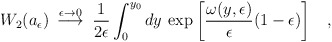
\begin{align*}W_2(a_{\epsilon})\>\stackrel{\epsilon \rightarrow 0}{\longrightarrow}\> {1 \over 2 \epsilon}\int_0^{y_0} dy \> \exp \left[{\omega(y,\epsilon) \over \epsilon} (1-\epsilon)\right ]\;\;\;,\end{align*}